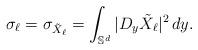
LaTeX: \begin{align*}\sigma_\ell = \sigma_{\tilde X_\ell} =\int_{\mathbb S^d} |D_y \tilde X_\ell |^2\,dy.\end{align*}